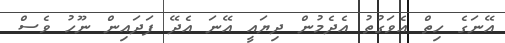
އޭނަގެ ހިތް އެވަގުތު އެދެމުން ދިޔައީ އޭނަ އެދޭ ފަދައިން ނޫހު ވެސް